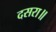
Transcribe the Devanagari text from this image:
दसरा॥